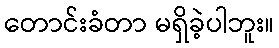
တောင်းခံတာ မရှိခဲ့ပါဘူး။